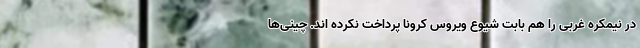
در نیمکره غربی را هم بابت شیوع ویروس کرونا پرداخت نکرده اند. چینی‌ها